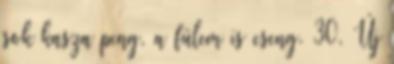
sok kasza peng, a fülem is cseng. 30. Új